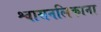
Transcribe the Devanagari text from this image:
श्वासनलिकाना